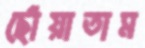
ছোঁয়াতাম